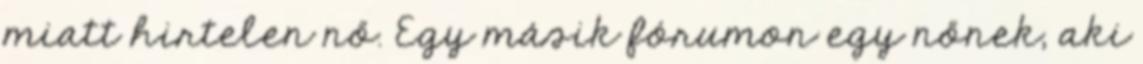
miatt hirtelen nő. Egy másik fórumon egy nőnek, aki